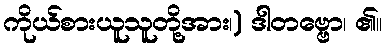
ကိုယ်စားယူသူတို့အား၊) ဒါတဗ္ဗော၊ ၏။